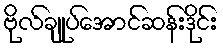
ဗိုလ်ချုပ်အောင်ဆန်းဒိုင်း